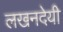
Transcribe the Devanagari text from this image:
लखनदेयी